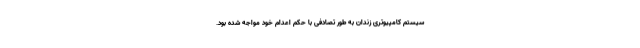
سیستم کامپیوتری زندان به طور تصادفی با حکم اعدام خود مواجه شده بود.